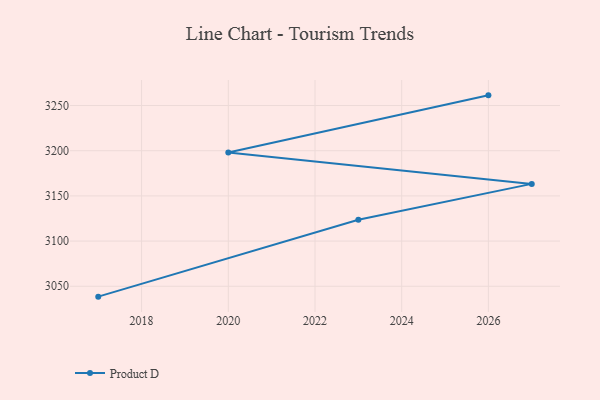
{"axis": {"x": "Year", "y": "Waste Production (Tons)"}, "legend": ["Product D"], "data": [{"x": "2026", "y": 3261.3, "type": "Product D"}, {"x": "2020", "y": 3198.1, "type": "Product D"}, {"x": "2027", "y": 3163.3, "type": "Product D"}, {"x": "2023", "y": 3123.6, "type": "Product D"}, {"x": "2017", "y": 3038.5, "type": "Product D"}]}